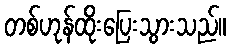
တစ်ဟုန်ထိုးပြေးသွားသည်။